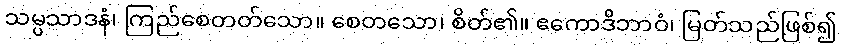
သမ္ပသာဒနံ၊ ကြည်စေတတ်သော။ စေတသော၊ စိတ်၏။ ဧကောဒိဘာဝံ၊ မြတ်သည်ဖြစ်၍